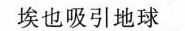
也吸引地球